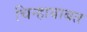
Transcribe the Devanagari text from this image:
चिन्हाबाबत